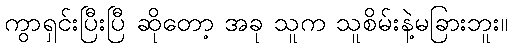
ကွာရှင်းပြီးပြီ ဆိုတော့ အခု သူက သူစိမ်းနဲ့မခြားဘူး။